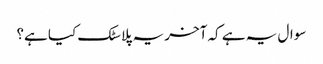
سوال یہ ہے کہ آخر یہ پلاسٹک کیا ہے؟